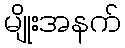
မျိုးအနက်